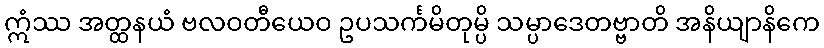
ဣံဿ အတ္ထနယံ ဗလဝတီယေဝ ဥပသင်္ကမိတုမ္ပိ သမ္ပာဒေတဗ္ဗာတိ အနိယျာနိကေ